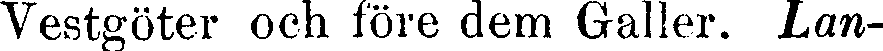
Vestgöter och före dem Galler. Lan-